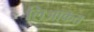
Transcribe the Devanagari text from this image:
लिआकत